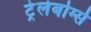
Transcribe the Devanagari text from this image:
ट्रेलेबोर्ग्स